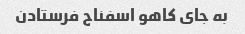
به جای کاهو اسفناج فرستادن